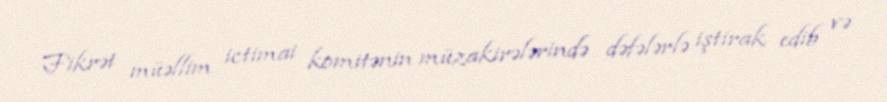
Fikrət müəllim ictimai komitənin müzakirələrində dəfələrlə iştirak edib və